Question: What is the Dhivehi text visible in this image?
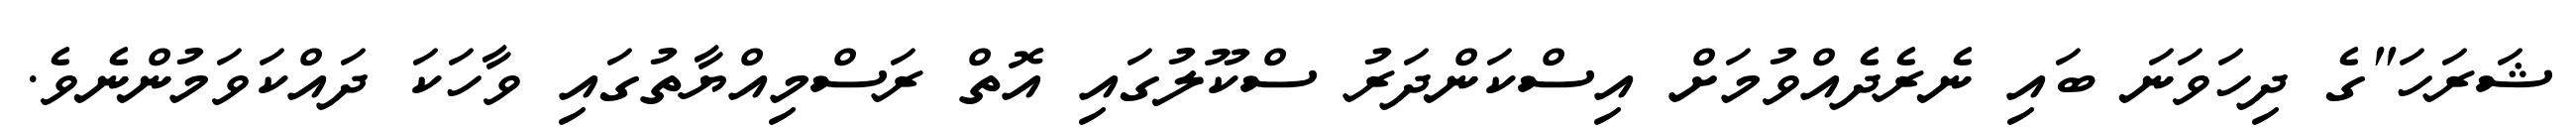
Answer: ޝަރަހަ"ގެ ދިހަވަނަ ބައި ނެރެދެއްވުމަށް އިސްކަންދަރު ސްކޫލުގައި އޮތް ރަސްމިއްޔާތުގައި ވާހަކަ ދައްކަވަމުންނެވެ.